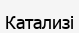
Катализі